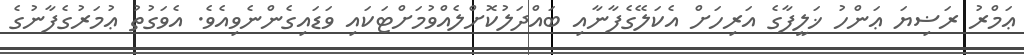
ޢަމްރު ރަޟިޔަ ޢަންހު ޚަލީފާގެ އަރިހަށް އެކަލޭގެފާނާއި ބައްދަލުކޮށްލެއްވުމަށްޓަކައި ވަޑައިގެންނެވިއެވެ. އެވަގުތު ޢުމަރުގެފާނުގެ